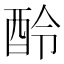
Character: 𨠎